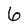
Character: 6